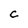
Character: C